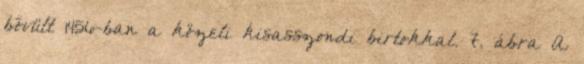
bővült 1456-ban a közeli kisasszondi birtokkal. 7. ábra A